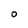
Character: O